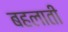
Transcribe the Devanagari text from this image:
बहलाती